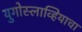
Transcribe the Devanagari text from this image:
युगोस्लाव्हियाचा